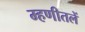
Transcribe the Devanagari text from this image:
म्हणीतलें